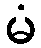
မံ